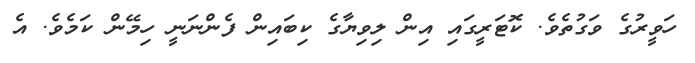
ހަވީރުގެ ވަގުތެވެ. ކޮޓަރީގައި އިން ލިވިޔާގެ ކިބައިން ފެންނަނީ ހިމޭން ކަމެވެ. އެ